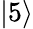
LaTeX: \lvert 5\rangle